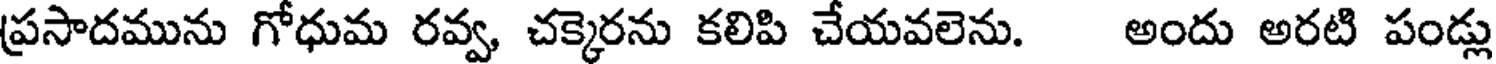
ప్రసాదమును గోధుమ రవ్వ, చక్కెరను కలిపి చేయవలెను. అందు అరటి పండ్లు